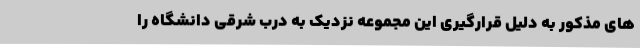
های مذکور به دلیل قرارگیری این مجموعه نزدیک به درب شرقی دانشگاه را